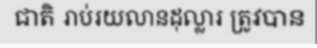
ជាតិ រាប់រយលានដុល្លារ ត្រូវបាន